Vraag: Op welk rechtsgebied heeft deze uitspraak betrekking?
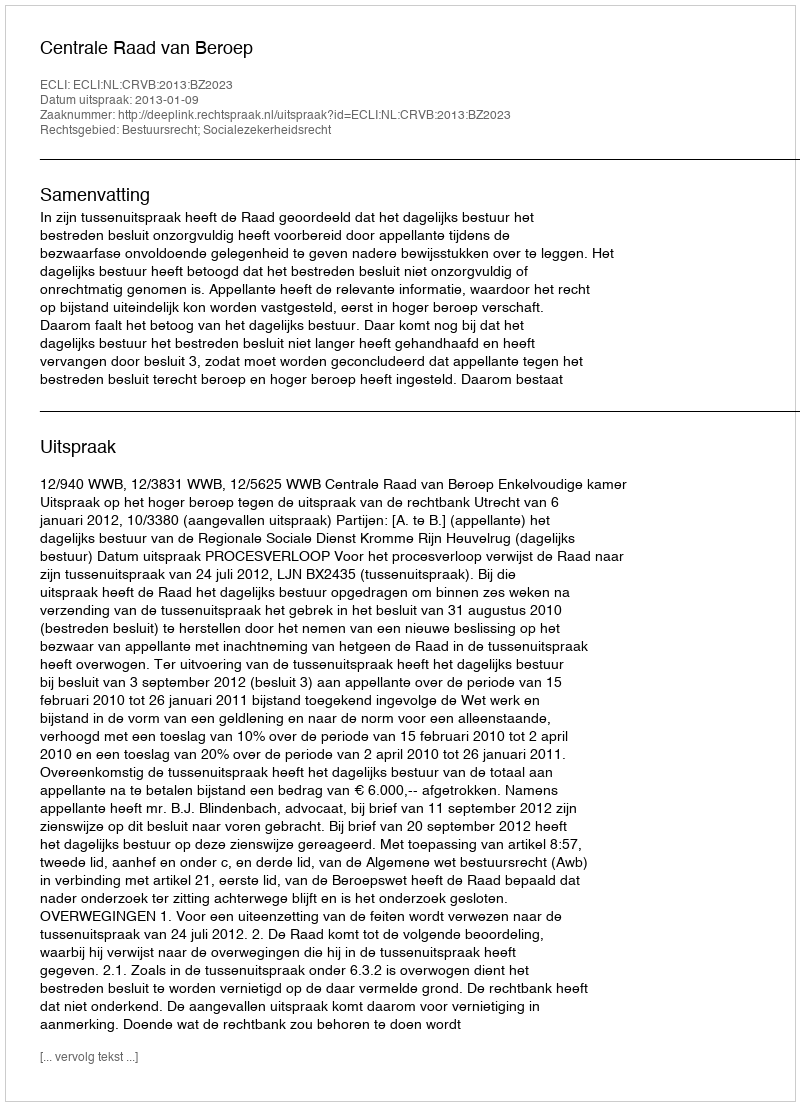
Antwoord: Bestuursrecht; Socialezekerheidsrecht